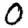
Digit: 0